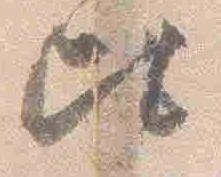
比